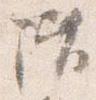
階